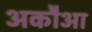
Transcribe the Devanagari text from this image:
अकौआ